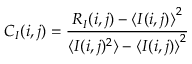
C _ { I } ( i , j ) = \frac { R _ { I } ( i , j ) - { \langle I ( i , j ) \rangle } ^ { 2 } } { \langle I ( i , j ) ^ { 2 } \rangle - { \langle I ( i , j ) \rangle } ^ { 2 } }